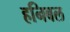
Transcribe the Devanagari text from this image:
हनिबल